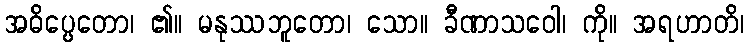
အဓိပ္ပေတော၊ ၏။ မနုဿဘူတော၊ သော။ ခီဏာသဝေါ၊ ကို။ အရဟာတိ၊